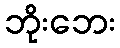
ဘိုးဘေး